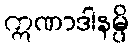
ဣဏာဒါနမ္ပိ